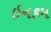
ઇનકમ